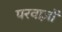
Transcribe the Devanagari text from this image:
परवाज़ों